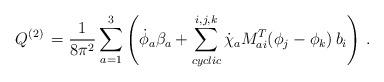
LaTeX: \begin{align*}{Q}^{(2)}\, =\frac{1}{8\pi^2}\sum_{a=1}^3\left( \dot{\phi}_a\beta_a +\sum^{i,j,k}_{cyclic}\dot{\chi}_aM^{T}_{ai}(\phi_j-\phi_k)\,b_i\right)\,.\end{align*}